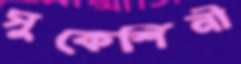
সুকেশিনী